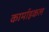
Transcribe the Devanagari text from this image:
कार्माइकल